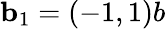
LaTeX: \textbf{b}_{1}=(-1,1)b